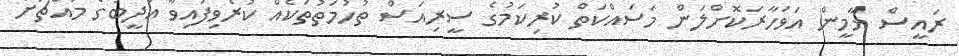
ރައީސް ޔާމީން އަވަހާރަކޮށްލަން މަސައްކަތް ކުރިކަމުގެ ސީރިއަސް ތުހުމަތުތަކެއް ކުރެވިފައިވާ އަދީބުގެ މައްޗަށް